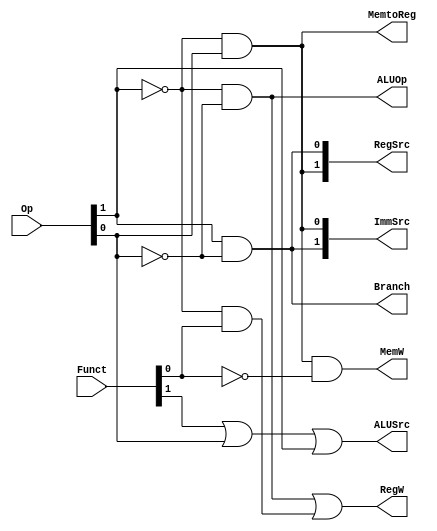
module MainDecoder(
    output reg Branch,
    output reg RegW,
    output reg MemW,
    output reg MemtoReg,
    output reg ALUSrc,
    output reg [1:0] ImmSrc,
    output reg [1:0] RegSrc,
    output reg ALUOp,
    input [1:0] Op,
    input [1:0] Funct
    );

	always @ (*) begin
		Branch = Op[1] & ~Op[0];
		MemtoReg = ~Op[1] & Op[0];
		MemW = ~Op[1] & Op[0] & ~Funct[0];
		ALUSrc = Funct[1] | Op[0] | Op[1];
		ImmSrc[1] = Op[1] & ~Op[0];
		ImmSrc[0] = ~Op[1] & Op[0];
		RegW = (~Op[1] & ~Op[0]) | (~Op[1] & Funct[0]);
		RegSrc[1] = ~Op[1] & Op[0];
		RegSrc[0] = Op[1] & ~Op[0];
		ALUOp = ~Op[1] & ~Op[0];
	end


endmodule